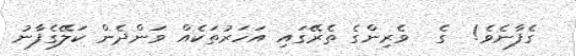
ގެފާނެވެ!  ގެ  ވެރިންގެ ތެރޭގައި އަހަރުތަކެއް ވަންދެން ކަލޭގެފާނު